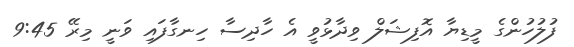
ފުލުހުންގެ މީޑިޔާ އޮފިޝަލް ވިދާޅުވީ އެ ހާދިސާ ހިނގާފައި ވަނީ މިރޭ 9:45